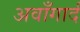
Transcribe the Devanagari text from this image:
अवाँगार्द